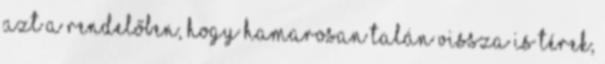
azt a rendelőben, hogy hamarosan talán vissza is térek,